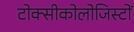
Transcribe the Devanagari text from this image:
टोक्सीकोलोजिस्टों